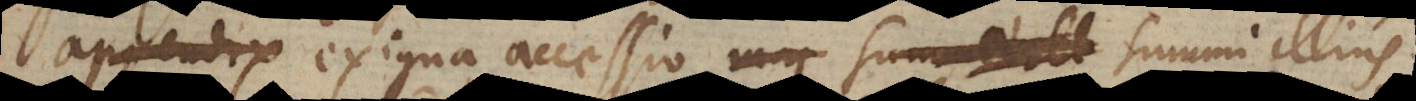
appendix exigua accessio summi illius